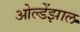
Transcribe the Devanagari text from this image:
ओल्डेंझाल